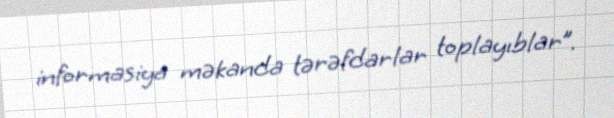
informasiya məkanda tərəfdarlar toplayıblar”.